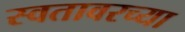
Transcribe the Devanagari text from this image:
स्वतावरच्या